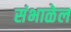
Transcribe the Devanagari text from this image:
संभाळेल